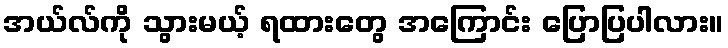
အယ်လ်ကို သွားမယ့် ရထားတွေ အကြောင်း ပြောပြပါလား။